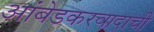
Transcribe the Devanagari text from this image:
आंबेडकरवादाची